Scottish Leaving Certificate Examination, 1960
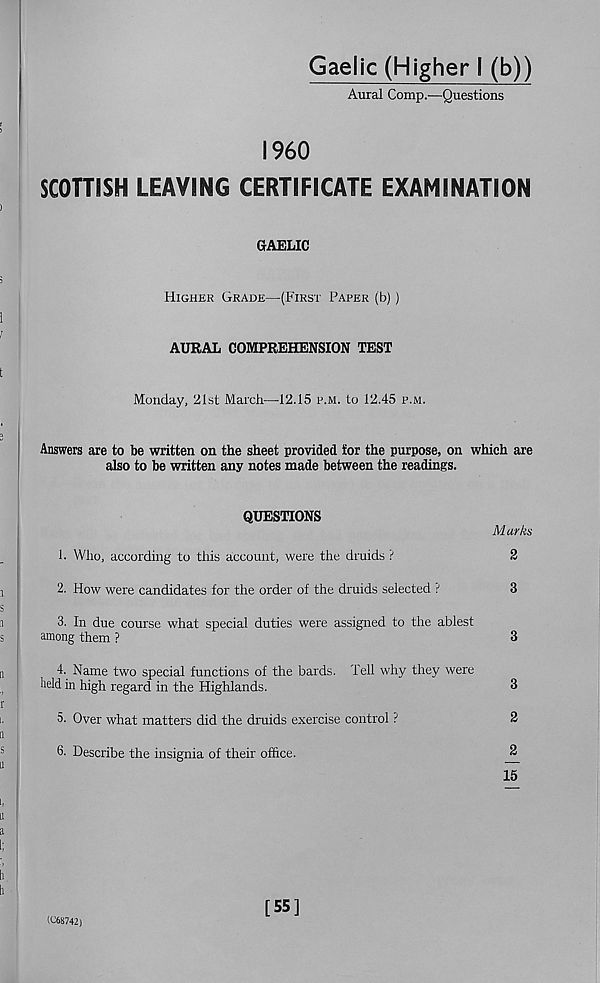
Gaelic (Higher I (b))
Aural Comp.—Questions
I960
SCOTTISH LEAVING CERTIFICATE EXAMINATION
GAELIC
Higher Grade—(First Paper (b))
AURAL COMPREHENSION TEST
Monday, 21st March—12.15 p.m. to 12.45 p.m.
Answers are to be written on the sheet provided lor the purpose, on which are
also to be written any notes made between the readings.
QUESTIONS
Marks
1. Who, according to this account, were the druids ?
2
2. How were candidates for the order of the druids selected ?
3
3. In due course what special duties were assigned to the ablest
among them ?
3
4. Name two special functions of the bards. Tell why they were
held in high regard in the Highlands.
3
5. Over what matters did the druids exercise control ?
2
6- Describe the insignia of their office.
3
15
(C68742)
[55]